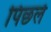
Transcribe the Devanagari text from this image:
पिछले